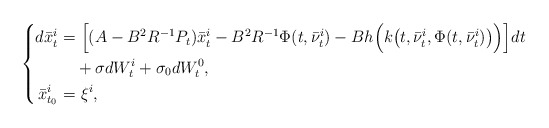
\begin{align*}\left\{\begin{aligned}d\bar{x}^i_t=&~\Big[(A-B^2R^{-1}P_t)\bar{x}^i_t-B^2R^{-1}\Phi(t,\bar{\nu}_t^i)-Bh\Big(k\big(t,\bar{\nu}_t^i,\Phi(t,\bar{\nu}_t^i)\big)\Big)\Big]dt\\&+\sigma dW_t^i+\sigma_0dW_t^0,\\\bar{x}^i_{t_0}=&~\xi^i,\end{aligned}\right.\end{align*}